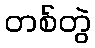
တစ်တွဲ